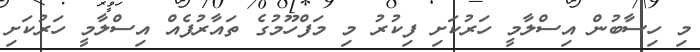
މި ހިސާބުން އިސްލާމީ ހަރުކަށި ފިކުރު މި މަފްހޫމުގެ ތައާރުފެއް އިސްލާމީ ހަރުކަށި